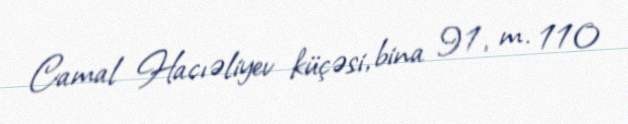
Camal Hacıəliyev küçəsi, bina 91, m. 110